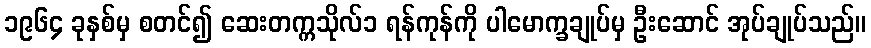
၁၉၆၄ ခုနှစ်မှ စတင်၍ ဆေးတက္ကသိုလ်၁ ရန်ကုန်ကို ပါမောက္ခချုပ်မှ ဦးဆောင် အုပ်ချုပ်သည်။